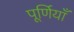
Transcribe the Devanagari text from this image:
पूर्णियाँ